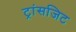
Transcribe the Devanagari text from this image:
ट्रांसजिट